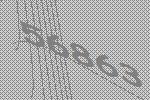
56863